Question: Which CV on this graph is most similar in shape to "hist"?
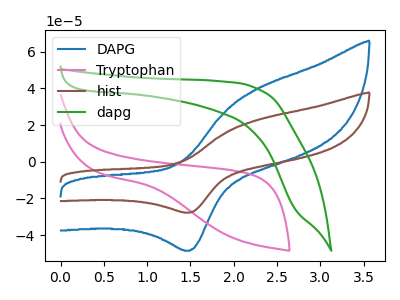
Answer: <think>The blue curve "DAPG" has an anodic peak at (2.25V, 39.25uA) and a cathodic peak at (1.50V, -48.50uA). The pink curve "Tryptophan" has no peaks. The brown curve "hist" has an anodic peak at (2.25V, 22.45uA) and a cathodic peak at (1.50V, -27.75uA). The green curve "dapg" has no peaks.
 "DAPG" and "Tryptophan" have a different number of peaks. All the peaks in "DAPG" have a peak in "hist" at the same potential. Every peak in "DAPG" is higher than every peak in "hist". "DAPG" and "dapg" have a different number of peaks. "Tryptophan" and "hist" have a different number of peaks. Neither "Tryptophan" or "dapg" have any peaks. "hist" and "dapg" have a different number of peaks.</think>
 <answer>The CV with the most similar shape to "DAPG" is "hist".</answer>
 <eval>"hist"</eval>